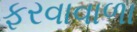
ફરવાવાળા